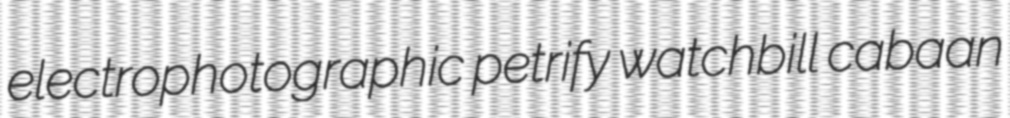
electrophotographic petrify watchbill cabaan